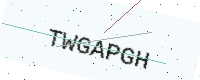
Text: TWGAPGH